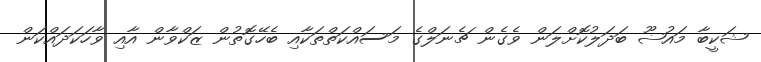
ޝަކީބާ މައުޟޫ ބަދަލުކޮށްލަން ވެގެން ޗެނަލްގެ މަސައްކަތްތަކާއި ބެހޭގޮތުން ޒަކްވާން އާއި ވާހަކަދައްކަން